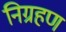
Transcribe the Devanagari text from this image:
निग्रहण